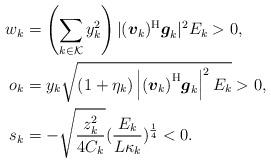
LaTeX: \begin{align*} w_k&=\left(\sum_{k \in \mathcal{K}}y_k^2\right)|(\boldsymbol{v}_{k})^{\mathrm{H}}\boldsymbol{g}_{k}|^{2}{E}_{k}>0,\\ o_k&=y_k\sqrt{(1+\eta_k)\left|\left(\boldsymbol{v}_{k}\right)^{\mathrm{H}}\!\boldsymbol{g}_{k}\right|^{2}{E}_{k}}>0,\\ s_k &= -\sqrt{\frac{z_k^2}{4C_k}}(\frac{E_k}{L\kappa_k})^{\frac{1}{4}}<0. \end{align*}